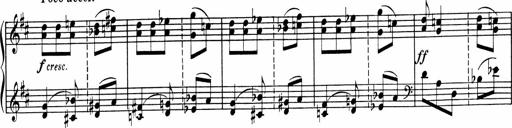
Title: Sonatine pour piano
Composer: Albert Roussel